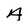
Character: A